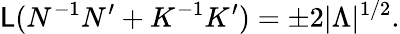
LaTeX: \mathsf{L}(N^{-1}N^{\prime}+K^{-1}K^{\prime})=\pm2|\Lambda|^{1/2}.